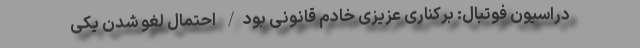
دراسیون فوتبال: برکناری عزیزی خادم قانونی بود/ احتمال لغو شدن یکی